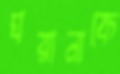
ঘরানাকে